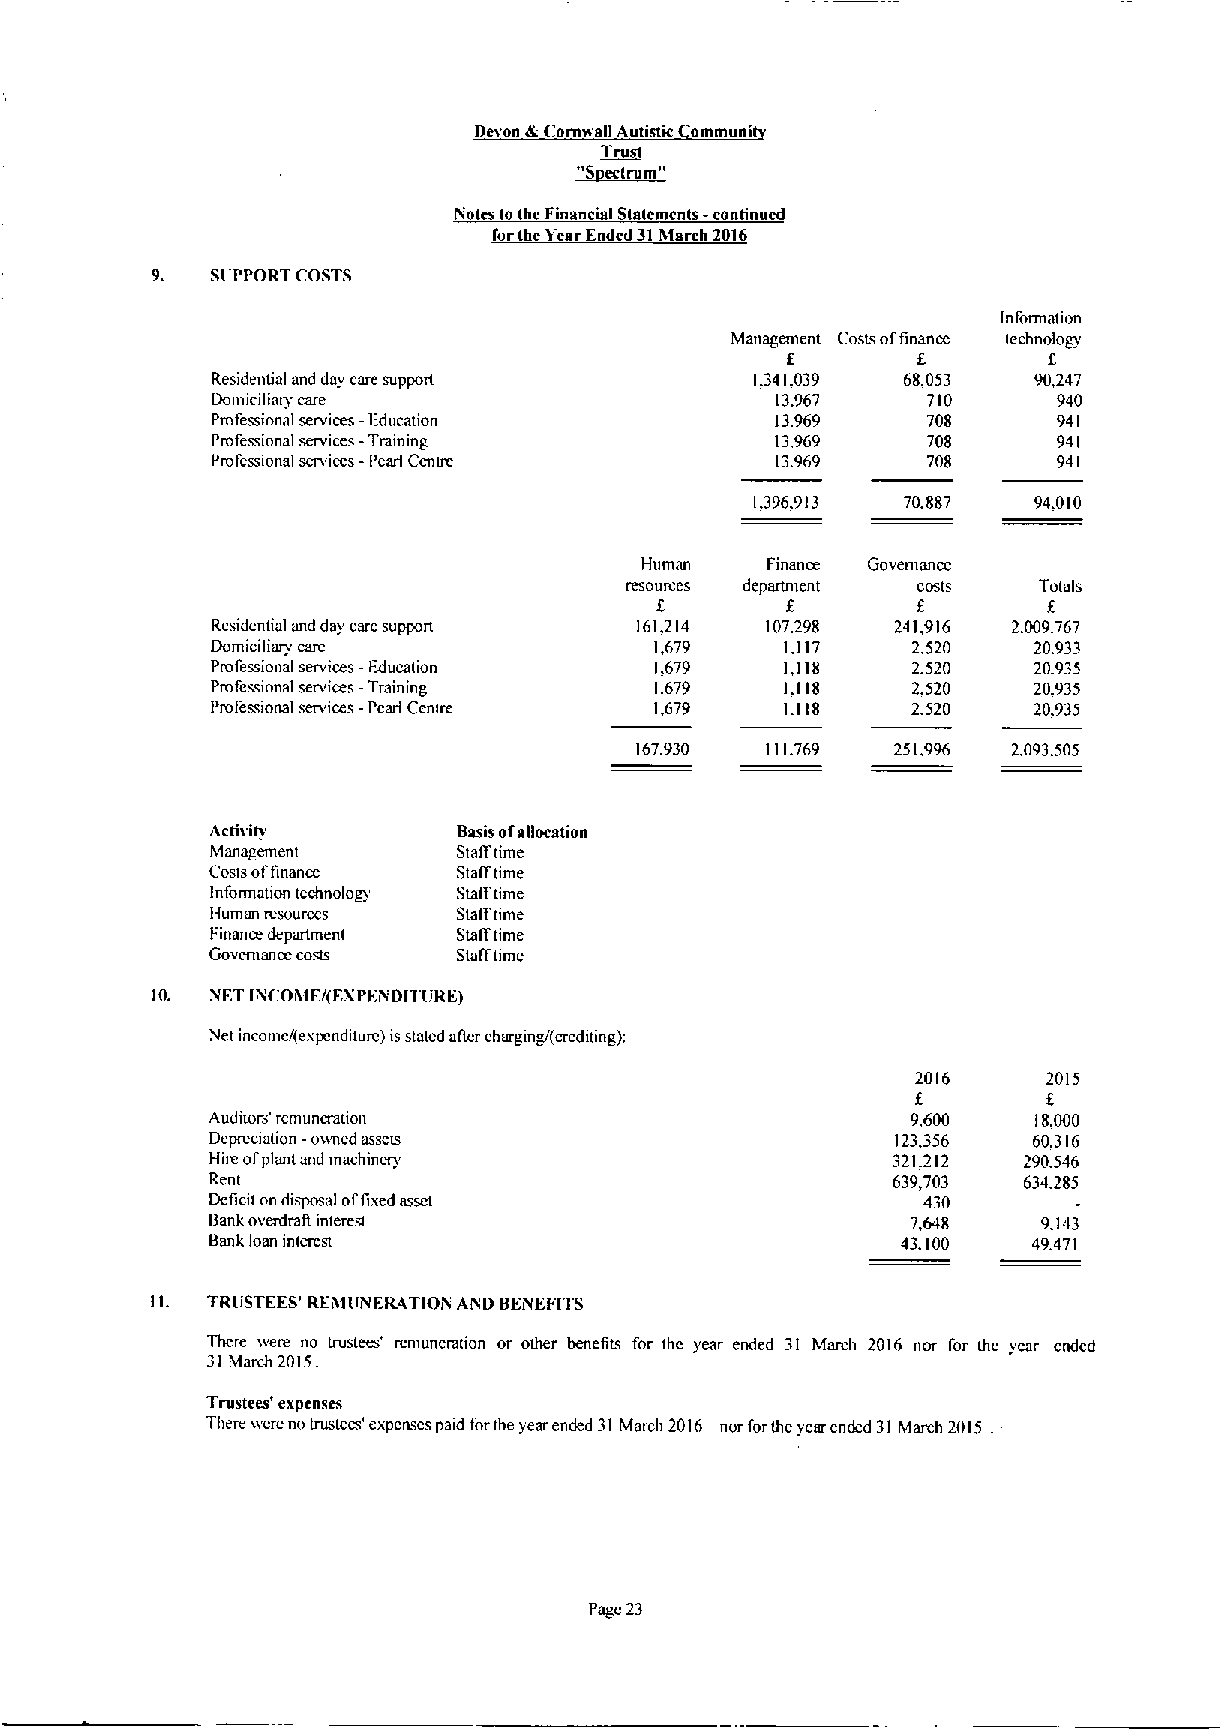
Devon (kCoruwall Autistic ommuni
 Trust
 ~Sectrum"
 Notes tothe Financial Statements -continued
 forthe Year Ended 31March 2016
 9.  SltPPORT COSTS
 Information
 Managtxnent Costs offinance technology
 f        f
 Residential and day care suppon     1.341.039 68,053  90,247
 Domiciliary care                     13.967    710      940
 Pmfessional services -Education      13.969    708      941
 Profemional services -Trammg         13.969    708      941
 Professional services -I'earl Ccnuc  13.969    708      941
 1.396.913 70.887  94,010
 Human    Finance Govemancc
 fcsoumcs department costs   Totals
 f                 f       f.
 Residential and day care support 161,214 107.298 241,916 2.009.767
 Domiciliary care             1,679    1.117   2.520   20.933
 Professional services -liducation 1.679 1,118 2.520   20.935
 Professional senims -Training 1.679   1.118   2.520   20.935
 Professional services -Pearl Ccnuc 1,679 1.118 2.520  20.935
 167.930  1117.69 251.996 2.093.505
 ActiviO         Basis ofallocation
 Management      Stafftime
 Cosis offinance Stalftime
 Information technolog) Stafftime
 Human resources Stafftime
 Finance department Stafftime
 Govcman cacosts Stafftime
 10. NET INCOhlE/(EXPENDITIJRF)
 Net income/(expcnditurc) isstaled aficr chargm J(crediting):
 2016    2015
 f       f.
 Auditor 'remuncmtion                          9,600    18.000
 Deprcmation -ovmed assets                    123,356  60.316
 Hire ofplant and machinery                   321.212  290.546
 Rent                                         639,703  634.285
 Deficit on disposal offixed asset              430
 Bank overdrafi interest                       7,648    9.143
 Bank loan interest                            43.100  49.471
 II. TRliSTFES' RFhlllNFRATIOi iAND BEiVEFITS
 There ivere no trustees' rcmunemtion or other benefits for thc year ended 31 March 2016 nor for thc year ended
 31March 2015.
 Trustees' expenses
 There Ivcre no trustem' expenses paid forthe year ended 31March 2016 nor forthe year ended 31March 2015
 Page 23